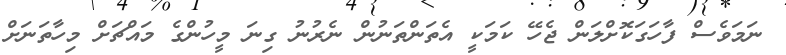
ނަމަވެސް ފާހަގަކޮށްލަން ޖެހޭ ކަމަކީ އެތަންތަނުން ނެރުނު ގިނަ މީހުންގެ މައްޗަށް މިހާތަނަށް